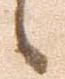
候